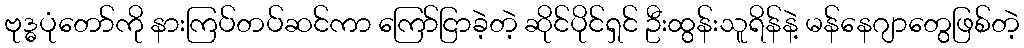
ဗုဒ္ဓပုံတော်ကို နားကြပ်တပ်ဆင်ကာ ကြော်ငြာခဲ့တဲ့ ဆိုင်ပိုင်ရှင် ဦးထွန်းသူရိန်နဲ့ မန်နေဂျာတွေဖြစ်တဲ့